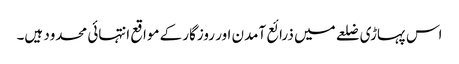
اس پہاڑی ضلعے میں ذرائع آمدن اور روزگار کے مواقع انتہائی محدود ہیں۔